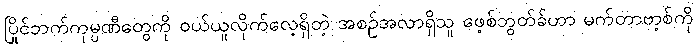
ပြိုင်ဘက်ကုမ္ပဏီတွေကို ဝယ်ယူလိုက်လေ့ရှိတဲ့ အစဉ်အလာရှိသူ ဖေ့စ်ဘွတ်ခ်ဟာ မက်တာဗာ့စ်ကို